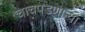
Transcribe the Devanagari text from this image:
चाचपडणाऱ्या